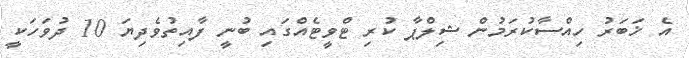
އެ ޚަބަރު ހިއްސާކުރަމުން ޝިލްޕާ ކުރި ޓްވީޓެއްގައި ބުނީ ފާއިތުވެދިޔަ 10 ދުވަހަކީ